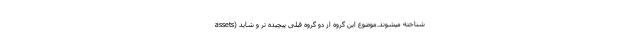
assets) شناخته میشوند.موضوع این گروه از دو گروه قبلی پیچیده تر و شاید